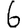
Digit: 6